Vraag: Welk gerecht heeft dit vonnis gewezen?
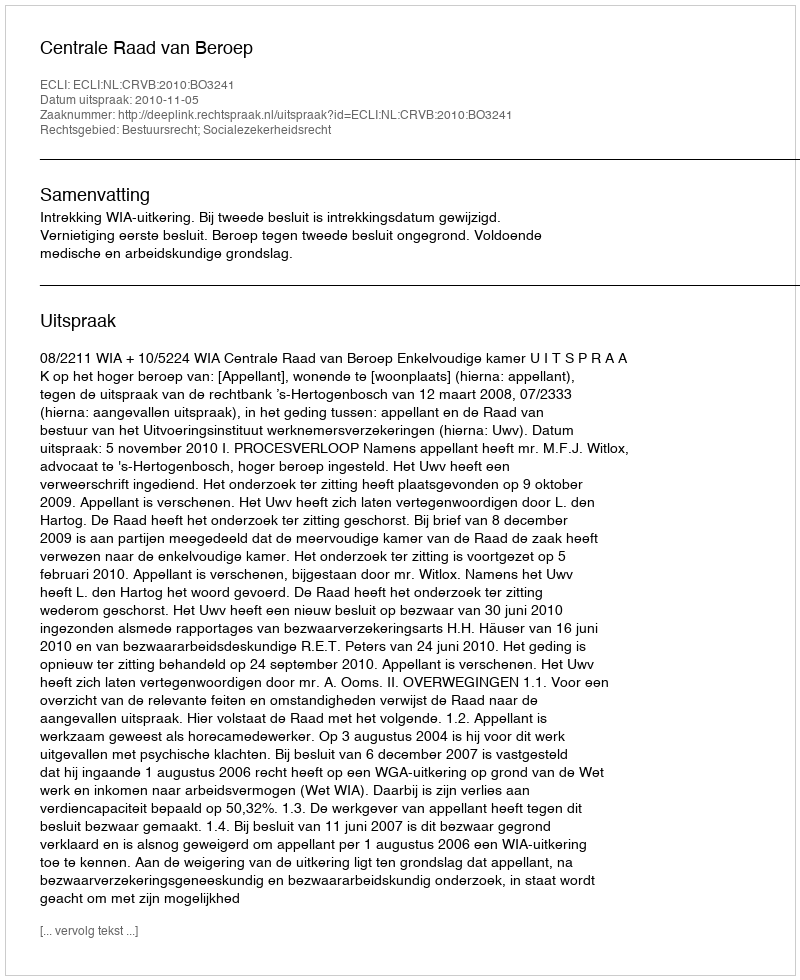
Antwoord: Centrale Raad van Beroep